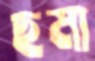
ছমা